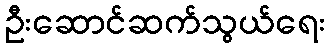
ဦးဆောင်ဆက်သွယ်ရေး